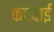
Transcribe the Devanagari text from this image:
कदवाई